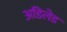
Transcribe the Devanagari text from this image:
अडिलेड